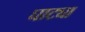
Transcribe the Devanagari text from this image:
घाट्या